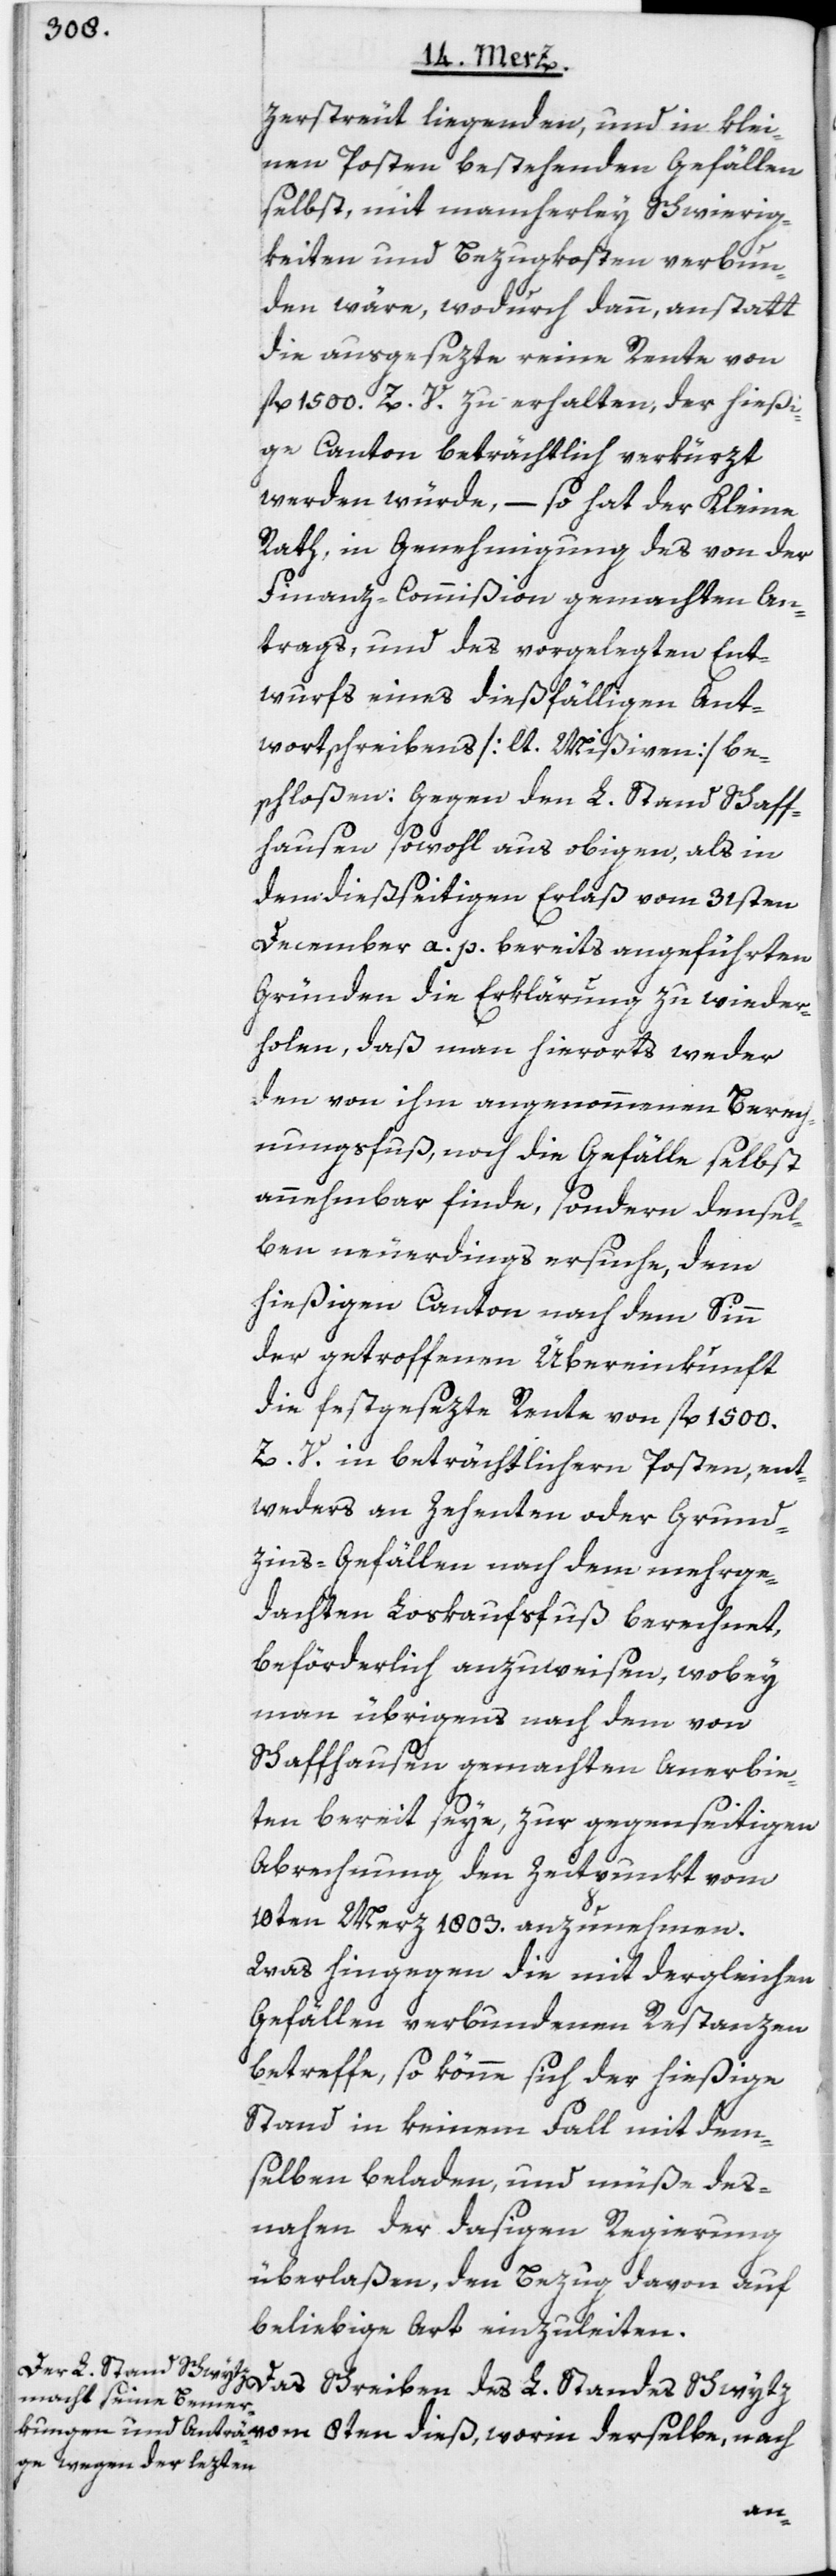
zerstreut liegenden, und in klei¬
nen Posten bestehenden Gefällen
selbst, mit mancherley Schwierig¬
keiten und Bezugkosten verbun¬
den wäre, wodurch dann, anstatt
die ausgesezte reine Rente von
fl. 1500. Z. V. zu erhalten, der hießi¬
ge Canton beträchtlich verkürzt
werden würde, – so hat der Kleine
Rath, in Genehmigung des von der
Finanz-Commißion gemachten An¬
trags, und des vorgelegten Ent¬
wurfs eines dießfälligen Ant¬
wortschreibens [lt. Mißiven] be¬
schloßen: Gegen den L. Stand Schaff¬
hausen sowohl aus obigen, als in
dem dießseitigen Erlaß vom 31sten
December a. p. bereits angeführten
Gründen die Erklärung zu wieder¬
holen, daß man hierorts weder
den von ihm angenommenen Berech¬
nungsfuß, noch die Gefälle selbst
annehmbar finde, sondern densel¬
ben neuerdings ersuche, dem
hießigen Canton nach dem Sinn
der getroffenen Übereinkunft
die festgesezte Rente von fl. 1500.
Z. V. in beträchtlichern Posten, ent¬
weders an Zehenten oder Grund¬
zins-Gefällen nach dem mehrge¬
dachten Loskaufsfuß berechnet,
beförderlich anzuweisen, wobey
man übrigens nach dem von
Schaffhausen gemachten Anerbie¬
ten bereit seye, zur gegenseitigen
Abrechnung den Zeitpunkt vom
10ten Merz 1803. anzunehmen.
Was hingegen die mit dergleichen
Gefällen verbundenen Restanzen
betreffe, so könne sich der hießige
Stand in keinem Fall mit dem¬
selben beladen, und müße des¬
nahen der dasigen Regierung
überlaßen, den Bezug davon auf
beliebige Art einzuleiten.
Das Schreiben des L. Standes Schwytz